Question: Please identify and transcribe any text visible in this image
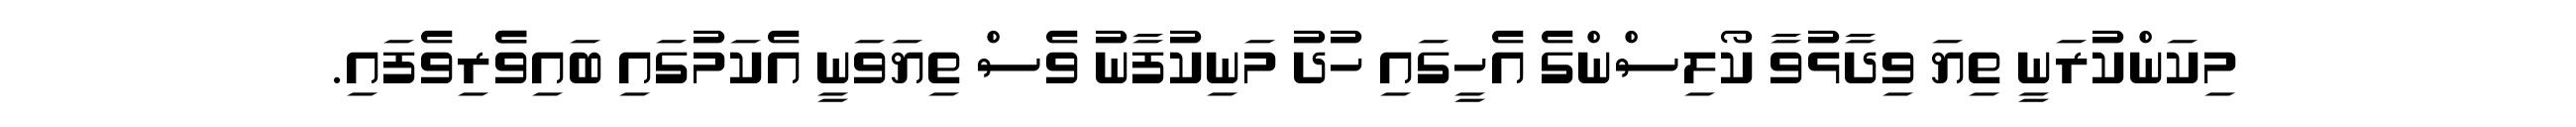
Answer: މިކަންކުރަނީ ތިޔަ ވިދާޅުވާ ކޯލިސްންގެ އެހީގައި ހުދު މަނިކުފާނު ވެސް ތިޔަވަނީ އެކަމުގައި ބައިވެެރިވެފައި.